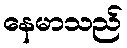
နေမာသည်